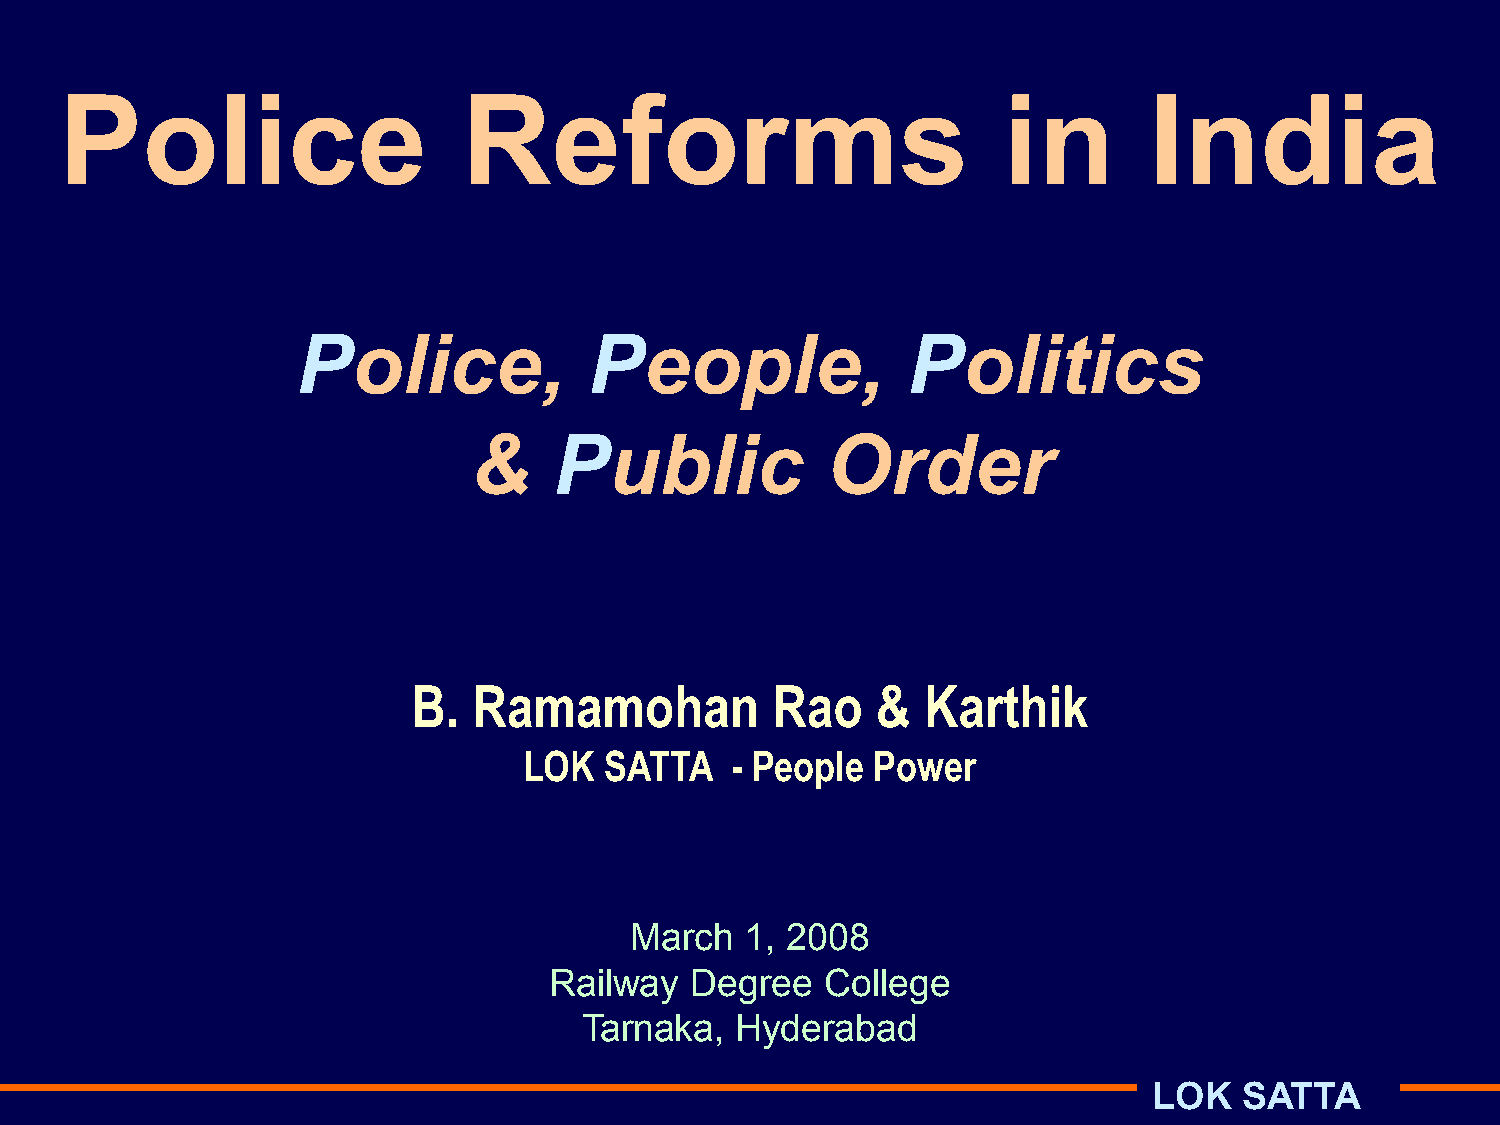
Police                     Reforms                            in        India
 Police,            People,              Politics
 &     Public            Order
 B.  Ramamohan           Rao    &  Karthik
 LOK  SATTA   - People  Power
 March  1, 2008
 Railway   Degree   College
 Tarnaka,  Hyderabad
 LOK   SATTA